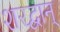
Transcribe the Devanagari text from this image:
शरद्वान्‌